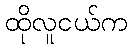
ထိုလူငယ်က